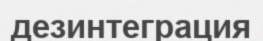
дезинтеграция